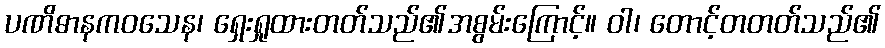
ပဏိဓာနကဝသေန၊ ရှေးရှုထားတတ်သည်၏အစွမ်းကြောင့်။ ဝါ၊ တောင့်တတတ်သည်၏